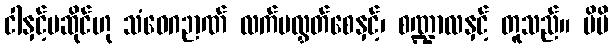
ငါနှင့်မဆိုင်ဟု သံဝေဂဉာဏ် လက်မလွှတ်စေနှင့်၊ စဏ္ဍာလနှင့် တူသည်။ မိမိ